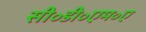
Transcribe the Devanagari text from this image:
सी॰डी॰एम॰ए